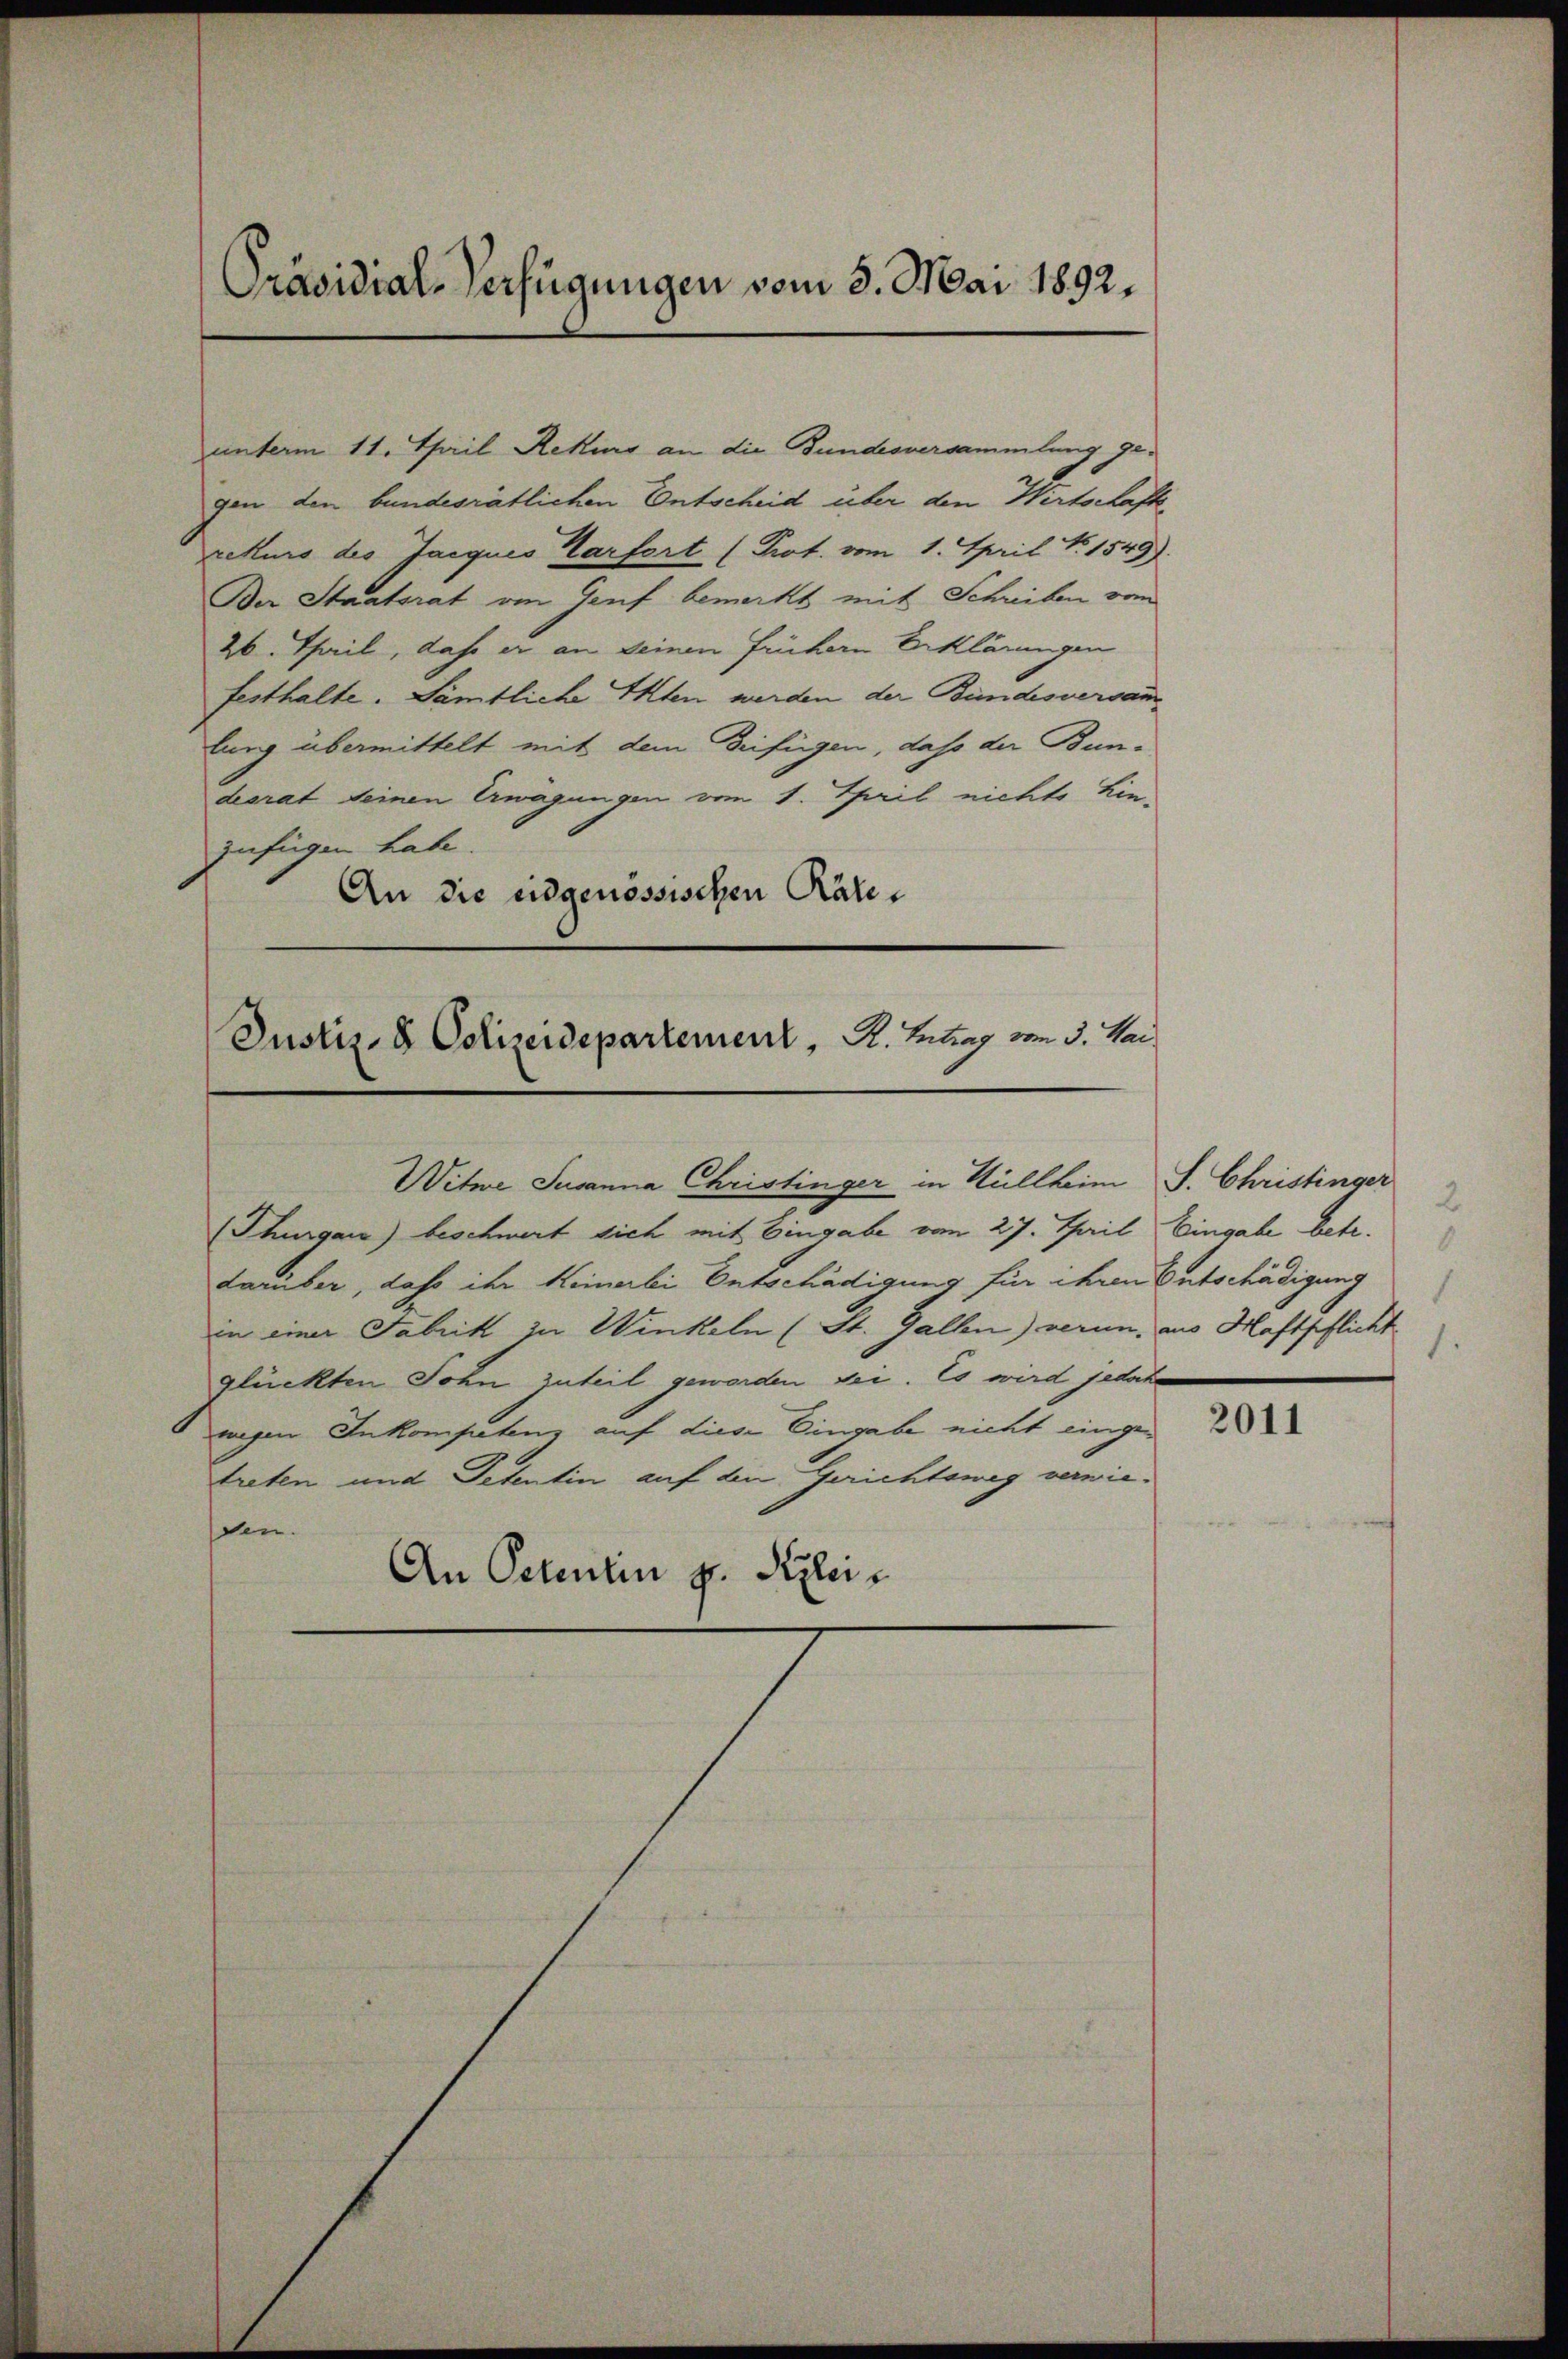
Präsidial-Verfügungen vom 8. Mai 1892.

unterm 11. April Rekurs an die Bundesversammlung gegen den bundesrätlichen Entscheid über den Wirtschaftsrekurs des Jacques Karfort (Prot. vom 1. April N. 1549).
Ber Staatsrat an Genf bemerkt mit Schreiben vom
26. Theil, dass er an seinen frühern Erklärungen
festhalte. Sämtliche Akten werden der Bundesversamlung übermittelt mit dem Beifügen, dass der Bundesrat seinen Erwägungen vom 1. April nichte hin-
zufügen habe.
An die eidgenössischen Räte¬

Justiz- & Polizeidepartement, d. Betrag von 3. Mai

Witwe Susanna Christinger in Hillheim J. Christinger
(Thurgau) beschwert sich mit Eingabe vom 27. Thail
Larüber, daß ihr Keinerli Entschädigung für ihren Entschädigung
in einer Fabrik zu Winkeln (St. Gallen) veran. aus Haftpflicht
glückten Sohn zuteil geworden sei. Es wird jedoch
wegen Inkompetenz auf diese Eingabe nicht eingetreten und Petentin auf die Gerichtsweg verwiessen.
An Petentin gr. Pizlei-

2
Eingabe betr.
8
1

2011